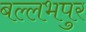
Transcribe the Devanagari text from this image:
बल्लभपुर